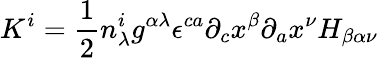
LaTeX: K^{i}=\frac{1}{2}n_{\lambda}^{i}g^{\alpha\lambda}{\epsilon}^{ca}{\partial}_{c}x^{\beta}{\partial}_{a}x^{\nu}H_{\beta\alpha\nu}